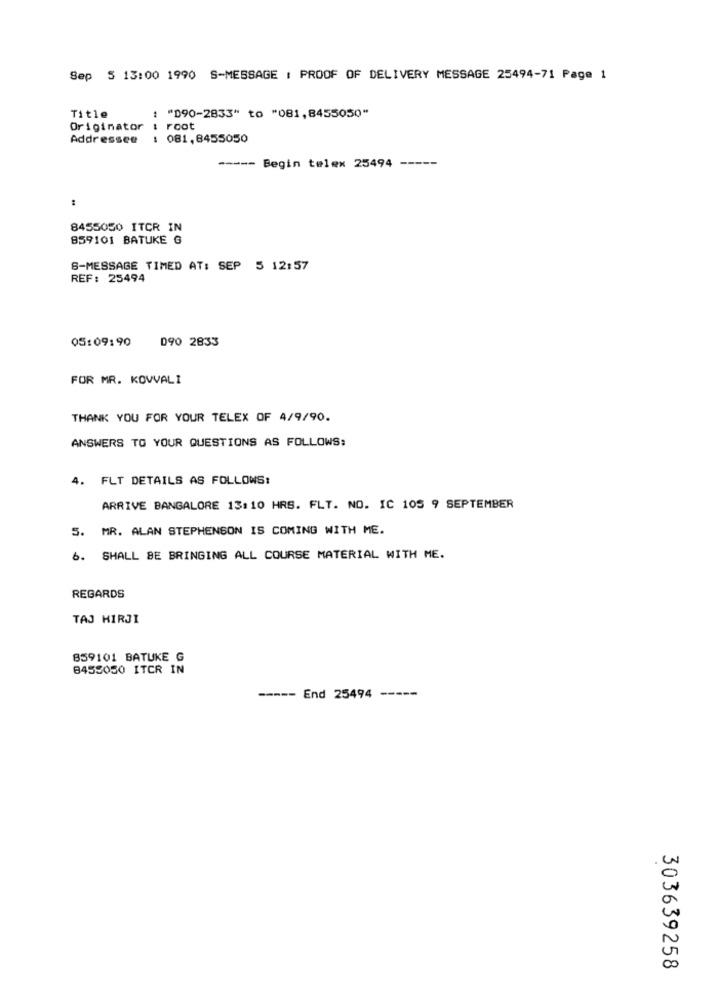
Sep 5 13:00 1990 S-MESSAGE : PROOF OF DELIVERY MESSAGE 25494-71 Page 1
Title
"090-2833" to "081,8455050"
Originator
: root
Addressee
: 081,8455050
----- Begin telex 25494 -----
:
8455050 ITCR IN
859101 BATUKE G
S-MESSAGE TIMED AT: SEP 5 12:57
REF: 25494
05:09:90
090 2833
FOR MR. KOVVALI
THANK YOU FOR YOUR TELEX OF 4/9/90.
ANSWERS TO YOUR QUESTIONS AS FOLLOWS:
4. FLT DETAILS AS FOLLOWS:
ARRIVE BANGALORE 13:10 HRS. FLT. NO. IC 105 9 SEPTEMBER
5. MR. ALAN STEPHENSON IS COMING WITH ME.
6. SHALL BE BRINGING ALL COURSE MATERIAL WITH ME.
REGARDS
TAJ HIRJI
859101 BATUKE G
8455050 ITCR IN
-----
End 25494
0
0
00
303639258